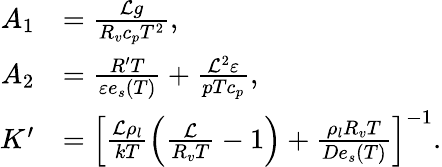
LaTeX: \begin{array}{rl}{A_{1}}&{=\frac{{\cal L}g}{R_{v}c_{p}T^{2}},}\\ {A_{2}}&{=\frac{R^{\prime}T}{\varepsilon e_{s}(T)}+\frac{{\cal L}^{2}\varepsilon}{pTc_{p}},}\\ {K^{\prime}}&{=\left[\frac{{\cal L}\rho_{l}}{kT}\left(\frac{\cal L}{R_{v}T}-1\right)+\frac{\rho_{l}R_{v}T}{De_{s}(T)}\right]^{-1}.}\end{array}